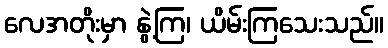
လေအတိုးမှာ နွဲ့ကြ၊ ယိမ်းကြသေးသည်။